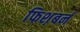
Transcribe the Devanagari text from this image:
फिश़बर्न